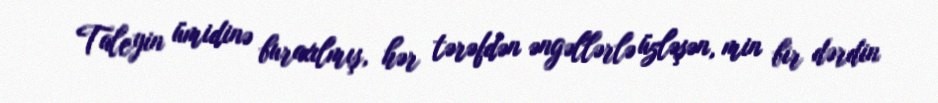
Taleyin ümidinə buraxılmış, hər tərəfdən əngəllərlə üzləşən, min bir dərdin